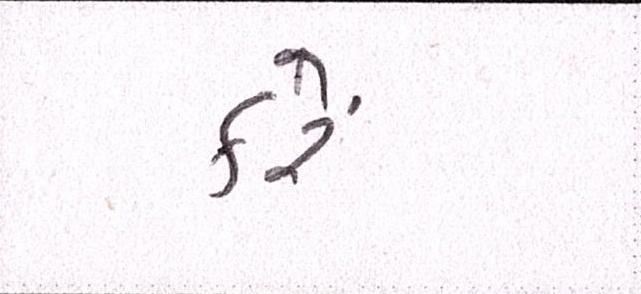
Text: કરેં